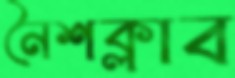
নৈশক্লাব